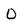
Character: O